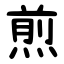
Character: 煎